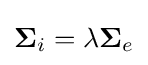
\mathbf {\Sigma } _{i}=\lambda \mathbf {\Sigma } _{e}